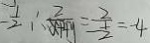
- \frac { 1 } { 2 } \therefore \frac { 2 } { x + 4 y } = \frac { 2 } { - \frac { 1 } { 2 } } = - 4